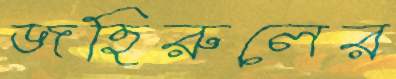
জহিরুলের